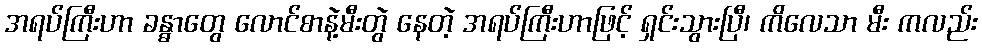
အရပ်ကြီးဟာ ခန္ဓာတွေ လောင်စာနဲ့မီးတွဲ နေတဲ့ အရပ်ကြီးဟာဖြင့် ရှင်းသွားပြီ၊ ကိလေသာ မီး ကလည်း